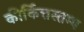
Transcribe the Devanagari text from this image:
कीर्कित्तस्तम्भ